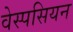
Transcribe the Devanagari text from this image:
वेस्पसियन